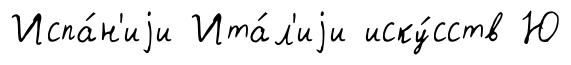
Испа́н'иjи Ита́л'иjи иску́сств Ю